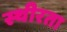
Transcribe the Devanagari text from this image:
स्थीरता